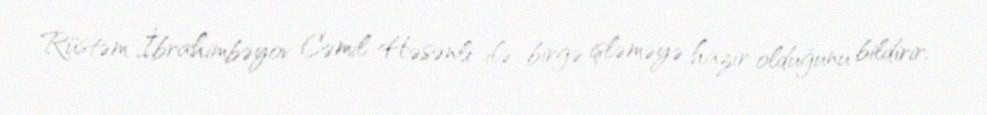
Rüstəm İbrahimbəyov Cəmil Həsənli ilə birgə işləməyə hazır olduğunu bildirir,